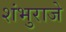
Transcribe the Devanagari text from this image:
शंभुराजे